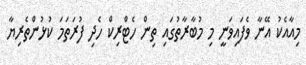
މިއާއެކު އޭނާ ވެފައިވަނީ މި މުބާރާތުގައި ތިން ހެޓްރިކް ހެދި ފުރަތަމަ ކުޅުންތެރިޔާ